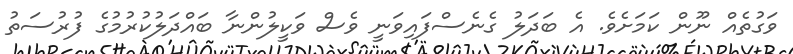
ވަގުތެއް ނޫން ކަމަށެވެ. އެ ބަދަލު ގެނެސްފައިވަނީ ވެސް ވަކީލުންނާ ބައްދަލުކުރުމުގެ ފުރުސަތު